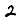
Digit: 2